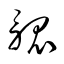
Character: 觚